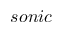
s o n i c